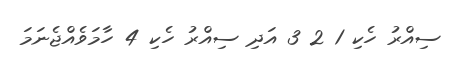
ސިއްރު ހެކި 1 2 3 އަދި ސިއްރު ހެކި 4 ހާމަވެއްޖެނަމަ